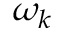
\omega _ { k }